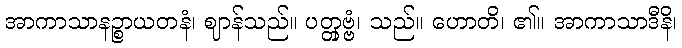
အာကာသာနဉ္စာယတနံ၊ ဈာန်သည်။ ပတ္တှဗ္ဗံ၊ သည်။ ဟောတိ၊ ၏။ အာကာသာဒီနိ၊